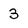
Character: 3